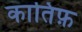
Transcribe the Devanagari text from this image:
कातिफ़